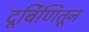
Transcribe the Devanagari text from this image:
दूर्बिणितून